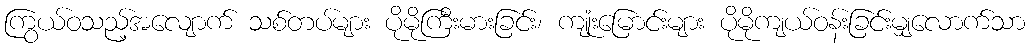
ကြွယ်ဝသည့်အလျောက် သစ်တပ်များ ပိုမိုကြီးမားခြင်း၊ ကျုံးမြောင်းများ ပိုမိုကျယ်ဝန်းခြင်းမျှလောက်သာ